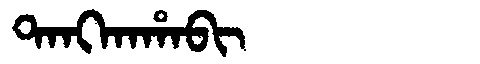
Manchu: ᡨᠠᠩᡴᠠᡥᠠᠪᡳ
Romanization: TANGKAHABI